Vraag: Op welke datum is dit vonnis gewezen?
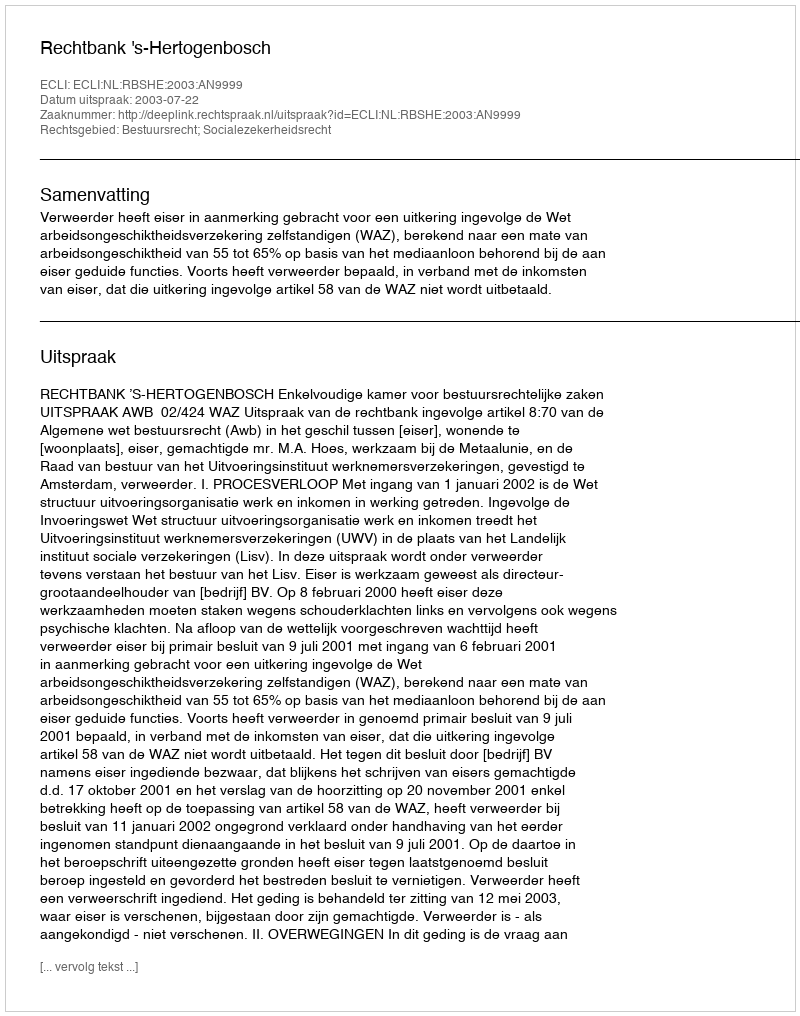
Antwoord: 2003-07-22